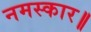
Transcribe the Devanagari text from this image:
नमस्कार॥